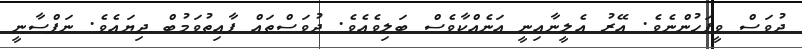
ދުވަސް ވީފަހުންނެވެ. އޭރު އެލީނާއިނީ އަނެއްކާވެސް ބަލިވެއެވެ. ދުވަސްތައް ފާއިތުވަމުބް ދިޔައެވެ. ނަފްސާނީ